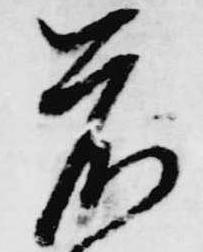
前